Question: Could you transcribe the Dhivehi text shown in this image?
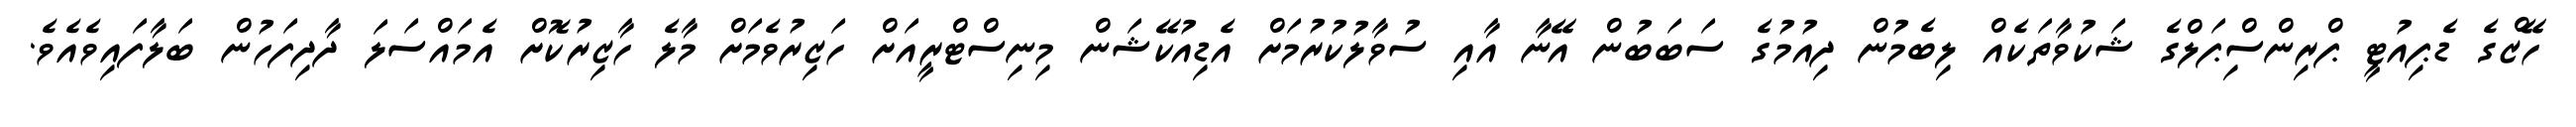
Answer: ހޭޒްގެ ޑެޕިއުޓީ ޕްރިންސްިޕަލްގެ ޝަކުވާތަކެއް ލިބެމުން ދިއުމުގެ ސަބަބުން އޭނާ އާއި ސުވާލުކުރުމަށް އެޑިއުކޭޝަން މިނިސްޓްރީއަށް ހަޒިރުވެމަށް މާލެ ހާޒިރުކޮށް އެމައްސަލަ ދާދިފަހުން ބަލާފައިވެއެވެ.